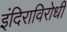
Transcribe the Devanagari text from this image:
इंदिराविरोधी